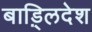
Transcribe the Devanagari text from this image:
बाड़्लिदेश